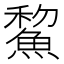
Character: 鯬